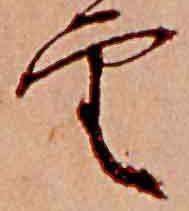
雲